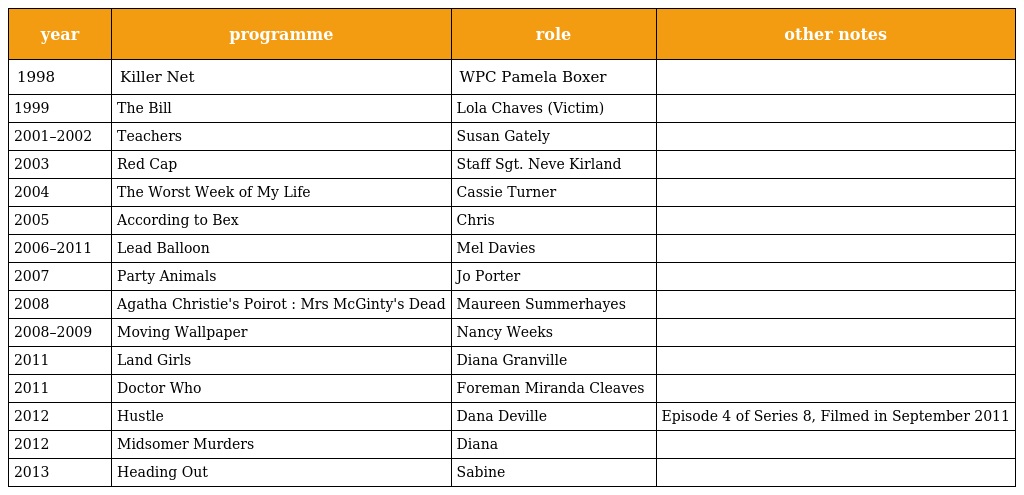
| year | programme | role | other notes |
 | --- | --- | --- | --- |
 | 1998 | Killer Net | WPC Pamela Boxer |  |
 | 1999 | The Bill | Lola Chaves (Victim) |  |
 | 2001–2002 | Teachers | Susan Gately |  |
 | 2003 | Red Cap | Staff Sgt. Neve Kirland |  |
 | 2004 | The Worst Week of My Life | Cassie Turner |  |
 | 2005 | According to Bex | Chris |  |
 | 2006–2011 | Lead Balloon | Mel Davies |  |
 | 2007 | Party Animals | Jo Porter |  |
 | 2008 | Agatha Christie's Poirot : Mrs McGinty's Dead | Maureen Summerhayes |  |
 | 2008–2009 | Moving Wallpaper | Nancy Weeks |  |
 | 2011 | Land Girls | Diana Granville |  |
 | 2011 | Doctor Who | Foreman Miranda Cleaves |  |
 | 2012 | Hustle | Dana Deville | Episode 4 of Series 8, Filmed in September 2011 |
 | 2012 | Midsomer Murders | Diana |  |
 | 2013 | Heading Out | Sabine |  |